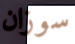
سوزان